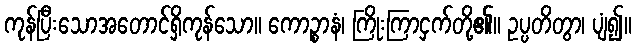
ကုန်ပြီးသောအတောင်ရှိကုန်သော။ ကောဉ္စာနံ၊ ကြိုးကြာငှက်တို့၏။ ဥပ္ပတိတွာ၊ ပျံ၍။